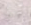
أصعد